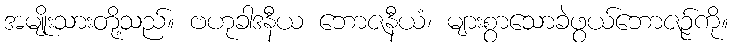
အမျိုးသားတို့သည်။ ဗဟုခါဒနီယ ဘောဇနီယံ၊ များစွာသောခဲဖွယ်ဘောဇဉ်ကို။